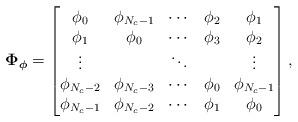
LaTeX: \begin{align*}\boldsymbol{\Phi}_{\boldsymbol{\phi}} & = \begin{bmatrix}\phi_0 & \phi_{N_c-1} & \cdots & \phi_{2} & \phi_{1}\\\phi_1 & \phi_0 & \cdots & \phi_{3} & \phi_{2}\\\vdots & & \ddots & & \vdots\\\phi_{N_c-2} & \phi_{N_c-3} & \cdots & \phi_{0} & \phi_{N_c-1}\\\phi_{N_c-1} & \phi_{N_c-2} & \cdots & \phi_{1} & \phi_{0}\end{bmatrix},\end{align*}